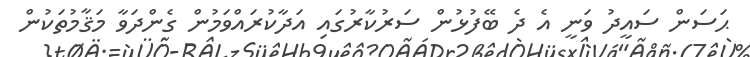
ޙަސަން ސައީދު ވަނީ އެ ދެ ބޭފުޅުން ސަރުކާރުގައި އަދާކުރައްވަމުން ގެންދަވާ މަޤާމުތަކުން